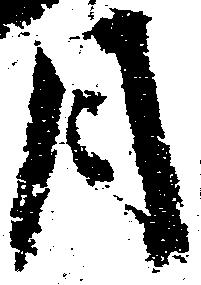
月